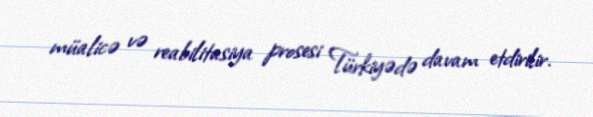
müalicə və reabilitasiya prosesi Türkiyədə davam etdirilir.